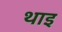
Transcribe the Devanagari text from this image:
थाइ